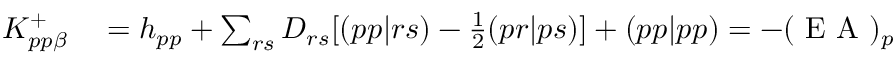
\begin{array} { r l } { K _ { p p \beta } ^ { + } } & { { } = h _ { p p } + \sum _ { r s } D _ { r s } [ ( p p | r s ) - \frac { 1 } { 2 } ( p r | p s ) ] + ( p p | p p ) = - ( \mathrm { ~ E ~ A ~ } ) _ { p } } \end{array}